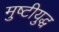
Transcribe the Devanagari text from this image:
मुष्टीयुद्ध